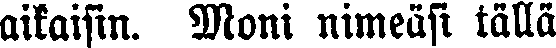
aikaisin. Moni nimeäsi tällä